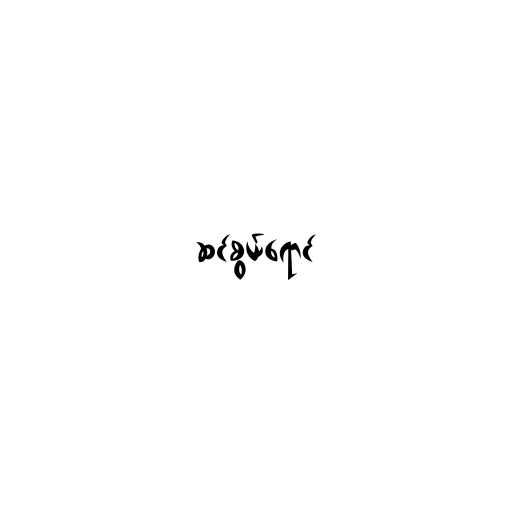
ဆင်စွယ်ရောင်